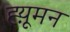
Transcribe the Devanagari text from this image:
ह्य़ूमन